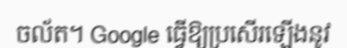
ចល័ត។ Google ធ្វើឱ្យប្រសើរឡើងនូវ